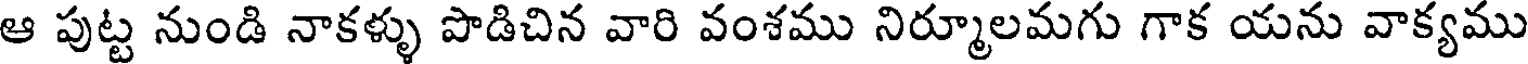
ఆ పుట్ట నుండి నాకళ్ళు పొడిచిన వారి వంశము నిర్మూలమగు గాక యను వాక్యము